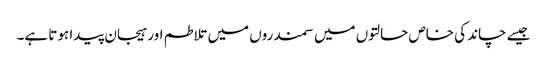
جیسے چاند کی خاص حالتوں میں سمندروں میں تلاطم اور ہیجان پیدا ہوتا ہے۔